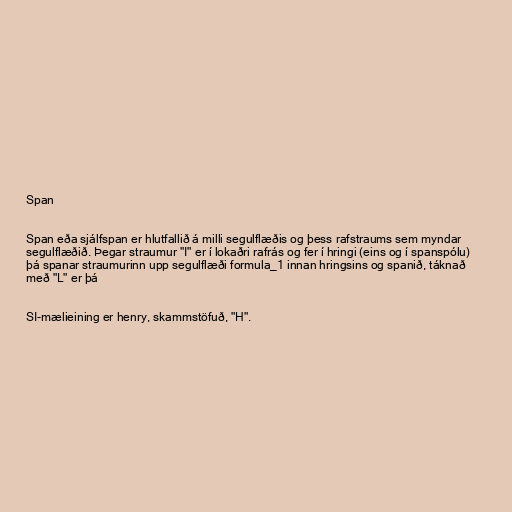
Span

Span eða sjálfspan er hlutfallið á milli segulflæðis og þess rafstraums sem myndar
segulflæðið. Þegar straumur "I" er í lokaðri rafrás og fer í hringi (eins og í spanspólu)
þá spanar straumurinn upp segulflæði formula_1 innan hringsins og spanið, táknað
með "L" er þá

SI-mælieining er henry, skammstöfuð, "H".